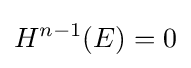
H^{n-1}(E)=0